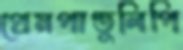
প্রেমপাণ্ডুলিপি